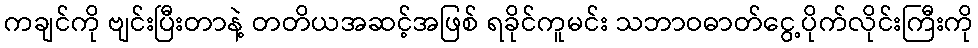
ကချင်ကို ဗျင်းပြီးတာနဲ့ တတိယအဆင့်အဖြစ် ရခိုင်ကူမင်း သဘာဝဓာတ်ငွေ့ပိုက်လိုင်းကြီးကို